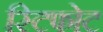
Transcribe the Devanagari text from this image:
स्टिफोट